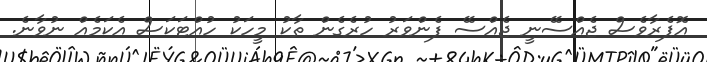
އޮޕެރާވެސް ޖެއްސޭނީ ޖެއްސޭ ފެންވަރު ހުރެގެން ތާކު މީހަކު ހުއްޓަކަސް އެކަމެއް ނުވާނެ.